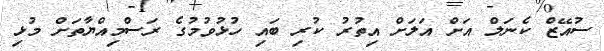
ސުއޭޒް ކެނަލް އަށް އަލަށް އިތުރު ކުރި ބައި ހުޅުވުމުގެ ރަސްމިއްޔާތަށް މުޅި